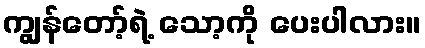
ကျွန်တော့်ရဲ့ သော့ကို ပေးပါလား။